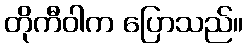
တိုကီဝါက ပြောသည်။